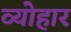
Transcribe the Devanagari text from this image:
व्योहार